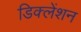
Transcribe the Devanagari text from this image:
डिक्लेंशन